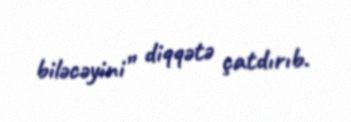
biləcəyini” diqqətə çatdırıb.